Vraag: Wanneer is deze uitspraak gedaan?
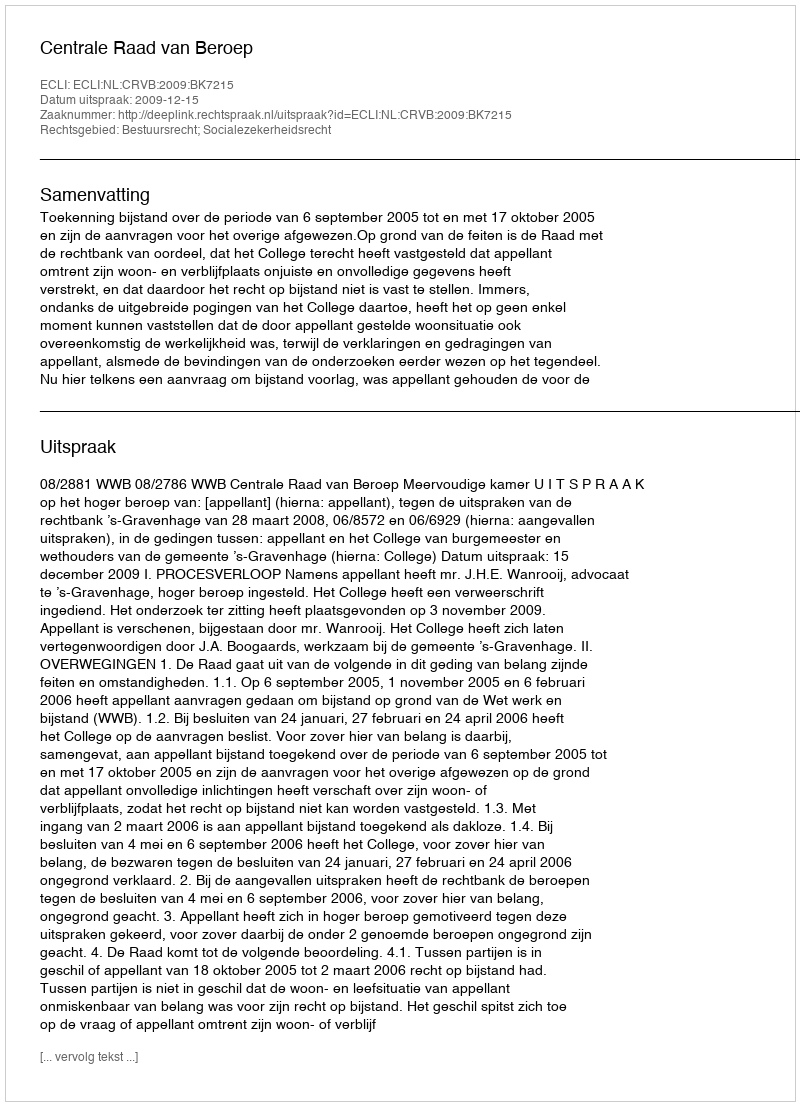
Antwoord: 2009-12-15